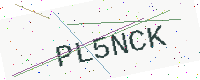
Text: PL5NCK